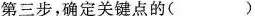
第三步，确定关键点的( )